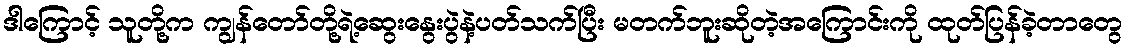
ဒါကြောင့် သူတို့က ကျွန်တော်တို့ရဲ့ဆွေးနွေးပွဲနဲ့ပတ်သက်ပြီး မတက်ဘူးဆိုတဲ့အကြောင်းကို ထုတ်ပြန်ခဲ့တာတွေ